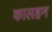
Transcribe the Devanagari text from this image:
कालहन